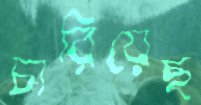
চারিয়েছ